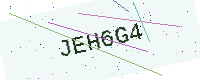
Text: JEH6G4